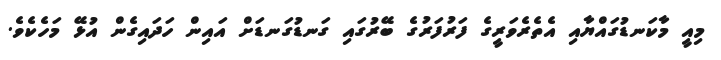
މިއީ މާކަނޑުގައްޔާއި އެތެރެވަރީގެ ފަރުފަރުގެ ބޭރުގައި ގަނޑުގަނޑަށް އައިން ހަދައިގެން އުޅޭ މަހެކެވެ.